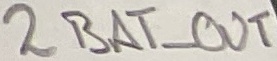
Text: 2BAT_OUT